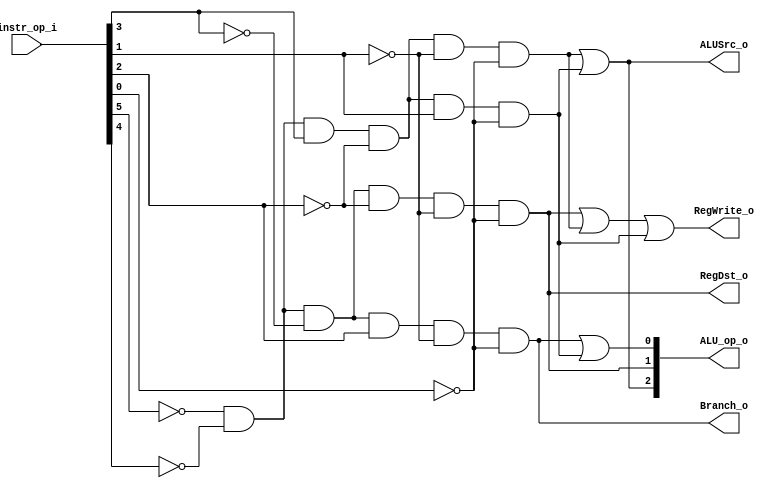
//Subject:     CO project 2 - Decoder
//--------------------------------------------------------------------------------
//Version:     1
//--------------------------------------------------------------------------------
//Writer:      0510008  & 0510026 
//----------------------------------------------
//Date:        
//----------------------------------------------
//Description: 
//--------------------------------------------------------------------------------

module Decoder(
    instr_op_i,
	RegWrite_o,
	ALU_op_o,
	ALUSrc_o,
	RegDst_o,
	Branch_o
	);
     
//I/O ports
input  [6-1:0] instr_op_i;

output         RegWrite_o;
output [3-1:0] ALU_op_o;
output         ALUSrc_o;
output         RegDst_o;
output         Branch_o;
 
//Internal Signals
reg    [3-1:0] ALU_op_o;
reg            ALUSrc_o;
reg            RegWrite_o;
reg            RegDst_o;
reg            Branch_o;

//Parameter
reg R_format, addi, slti, beq;
always@(*) begin
    R_format <= (~instr_op_i[5]) & (~instr_op_i[4]) & (~instr_op_i[3]) & (~instr_op_i[2]) & (~instr_op_i[1]) & (~instr_op_i[0]);
    addi <= (~instr_op_i[5]) & (~instr_op_i[4]) & (instr_op_i[3]) & (~instr_op_i[2]) & (~instr_op_i[1]) & (~instr_op_i[0]);
    slti <= (~instr_op_i[5]) & (~instr_op_i[4]) & (instr_op_i[3]) & (~instr_op_i[2]) & (instr_op_i[1]) & (~instr_op_i[0]);
    beq <= (~instr_op_i[5]) & (~instr_op_i[4]) & (~instr_op_i[3]) & (instr_op_i[2]) & (~instr_op_i[1]) & (~instr_op_i[0]);
    
    RegWrite_o <= R_format | addi | slti;
    ALUSrc_o <= addi | slti;
    RegDst_o <= R_format;
    Branch_o <= beq;
    ALU_op_o[0] <= beq | slti;
    ALU_op_o[1] <= R_format;
    ALU_op_o[2] <= addi | slti;
end 


//Main function

endmodule